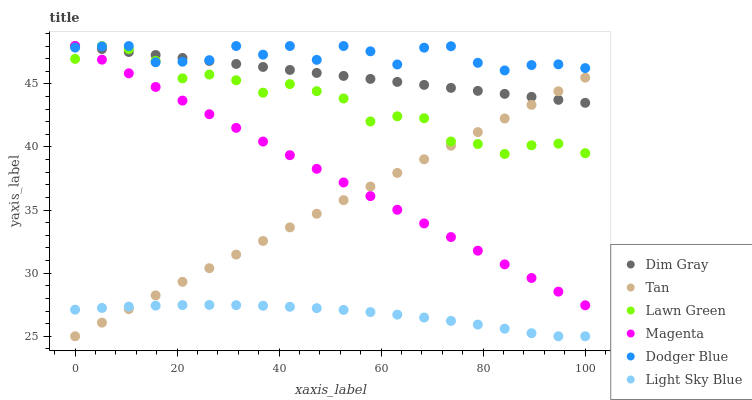
| xaxis_label | Dim Gray | Tan | Lawn Green | Magenta | Dodger Blue | Light Sky Blue |
 | --- | --- | --- | --- | --- | --- | --- |
 | 0 | 48 | 25 | 47 | 48 | 47.9 | 27.1 |
 | 5.26 | 47.8 | 26.1 | 48 | 46.9 | 48 | 27.2 |
 | 10.5 | 47.5 | 27.2 | 47.8 | 45.8 | 48 | 27.3 |
 | 15.8 | 47.3 | 28.2 | 46.8 | 44.8 | 46.7 | 27.4 |
 | 21.1 | 47.1 | 29.3 | 45.4 | 43.7 | 46.8 | 27.5 |
 | 26.3 | 46.8 | 30.4 | 45.7 | 42.6 | 46.9 | 27.5 |
 | 31.6 | 46.6 | 31.5 | 45.3 | 41.5 | 48 | 27.5 |
 | 36.8 | 46.3 | 32.6 | 44.3 | 40.4 | 47.3 | 27.4 |
 | 42.1 | 46.1 | 33.6 | 45 | 39.3 | 48 | 27.3 |
 | 47.4 | 45.9 | 34.7 | 44.4 | 38.3 | 46.9 | 27.2 |
 | 52.6 | 45.6 | 35.8 | 43.8 | 37.2 | 48 | 27.1 |
 | 57.9 | 45.4 | 36.9 | 42 | 36.1 | 47.6 | 26.9 |
 | 63.2 | 45.2 | 37.9 | 42.4 | 35 | 46.5 | 26.7 |
 | 68.4 | 44.9 | 39 | 42.3 | 33.9 | 47.9 | 26.5 |
 | 73.7 | 44.7 | 40.1 | 40.4 | 32.9 | 48 | 26.2 |
 | 78.9 | 44.4 | 41.2 | 40.2 | 31.8 | 46.7 | 25.9 |
 | 84.2 | 44.2 | 42.3 | 39.4 | 30.7 | 46.1 | 25.6 |
 | 89.5 | 44 | 43.3 | 40.1 | 29.6 | 46.5 | 25.2 |
 | 94.7 | 43.7 | 44.4 | 40.3 | 28.5 | 46.5 | 25 |
 | 100 | 43.5 | 45.5 | 39.5 | 27.5 | 46.2 | 25 |